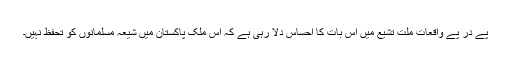
پے در پے واقعات ملت تشیعُ میں اس بات کا احساس دلا رہی ہے کہ اس ملک پاکستان میں شیعہ مسلمانوں کو تحفظ نہیں۔